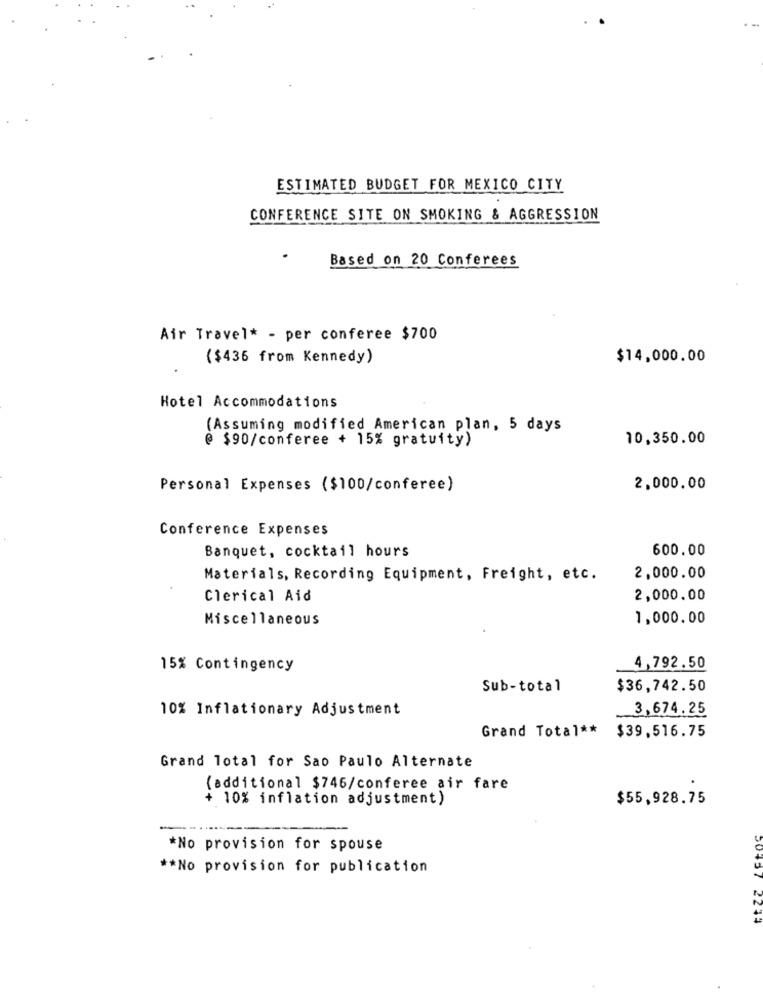
ESTIMATED BUDGET FOR MEXICO CITY
CONFERENCE SITE ON SMOKING & AGGRESSION
Based on 20 Conferees
Air Travel* - per conferee $700
($436 from Kennedy)
$14,000.00
Hotel Accommodations
(Assuming modified American plan, 5 days
@ $90/conferee + 15% gratuity)
10,350.00
Personal Expenses ($100/conferee)
2,000.00
Conference Expenses
Banquet, cocktail hours
600.00
Materials, Recording Equipment, Freight, etc.
2,000.00
Clerical Aid
2,000.00
Miscellaneous
1,000.00
15% Contingency
4,792.50
Sub-total
$36,742.50
10% Inflationary Adjustment
3,674.25
Grand Total ** $39,516.75
Grand Total for Sao Paulo Alternate
(additional $746/conferee air fare
+ 10% inflation adjustment)
$55,928.75
*No provision for spouse
** No provision for publication